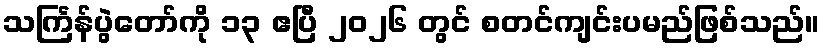
သင်္ကြန်ပွဲတော်ကို ၁၃ ဧပြီ ၂၀၂၆ တွင် စတင်ကျင်းပမည်ဖြစ်သည်။